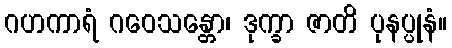
ဂဟကာရံ ဂဝေသန္တော၊ ဒုက္ခာ ဇာတိ ပုနပ္ပုနံ။